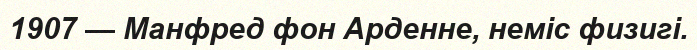
1907 — Манфред фон Арденне, неміс физигі.